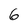
Character: 6